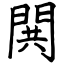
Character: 閧